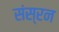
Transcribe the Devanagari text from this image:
संस्रन